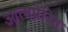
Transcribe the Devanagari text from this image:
आत्मप्रेरित